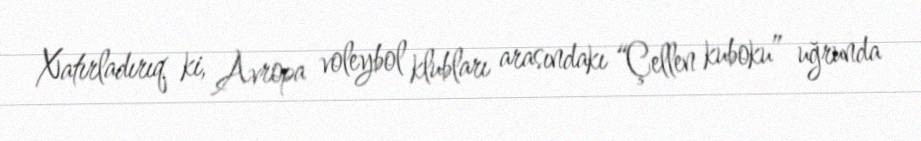
Xatırladırıq ki, Avropa voleybol klubları arasındakı “Çellen kuboku” uğrunda